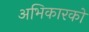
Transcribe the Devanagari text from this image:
अभिकारको